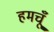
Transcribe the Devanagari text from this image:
हमचूँ